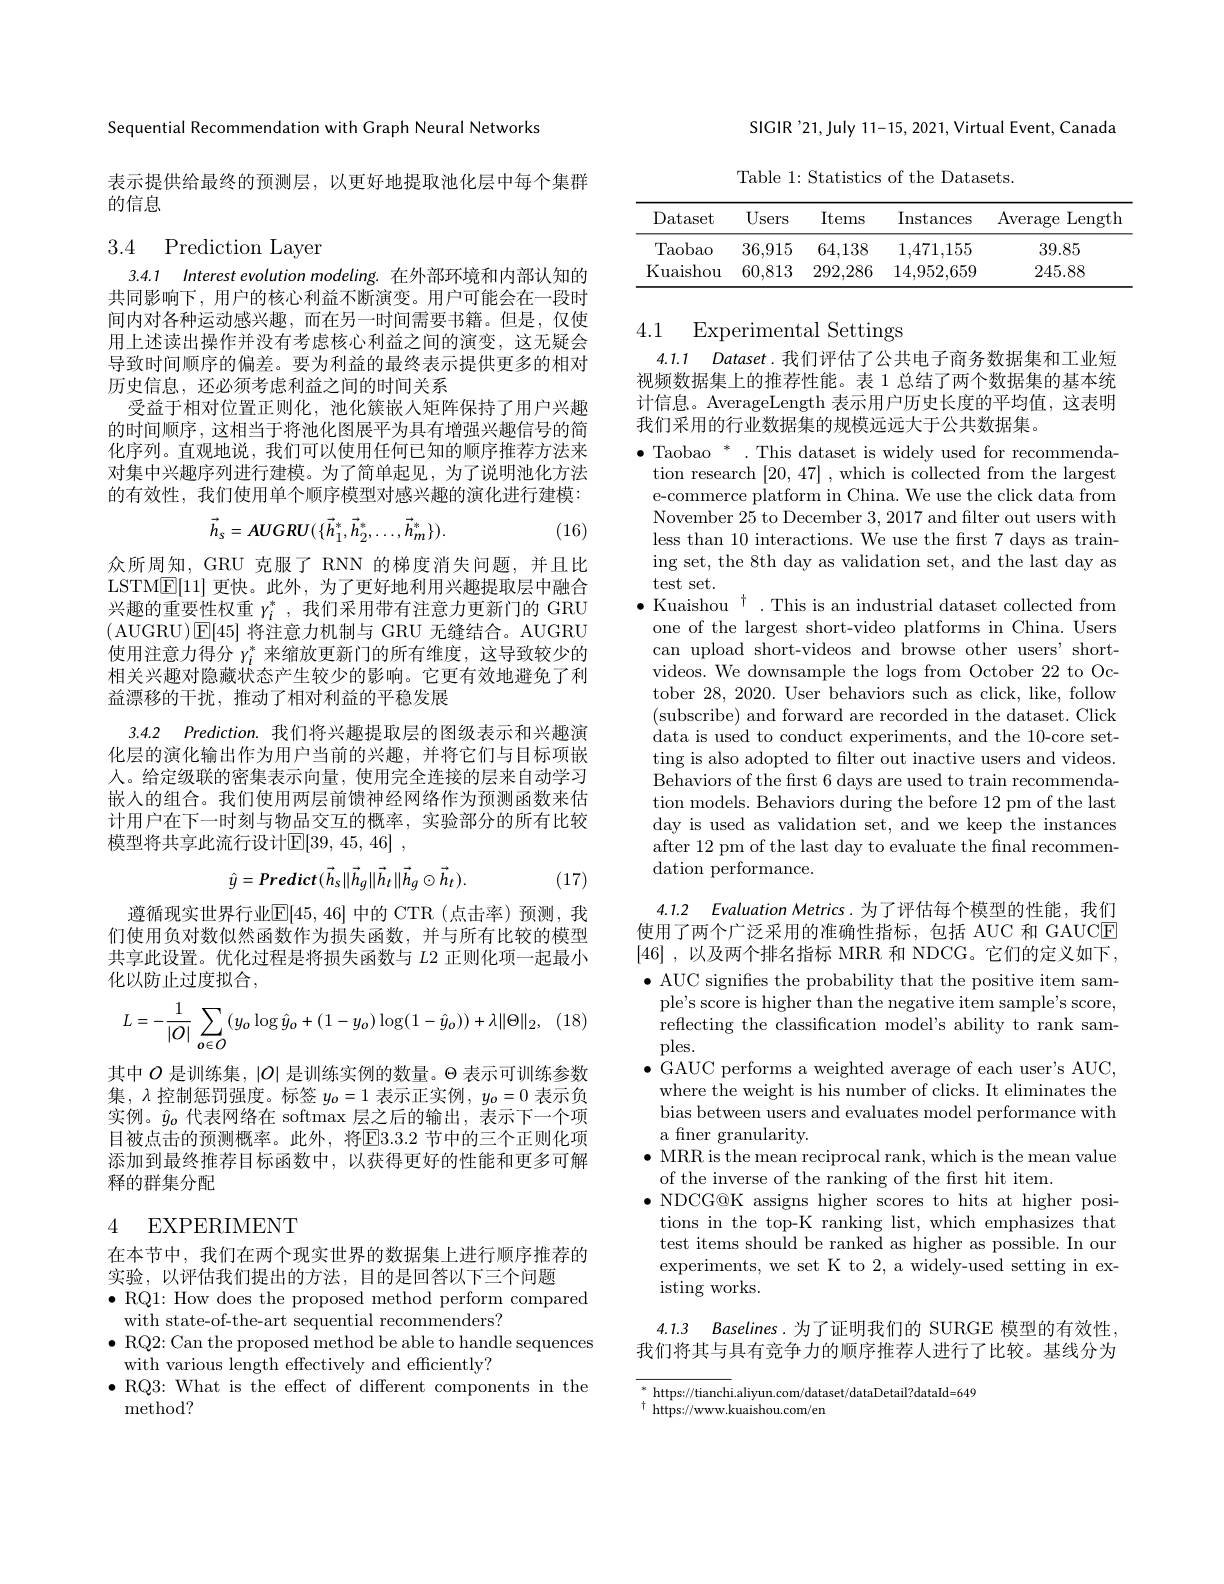
Sequential Recommendation with Graph Neural Networks

表示提供给最终的预测层，以更好地提取池化层中每个集群
的信息

# 3.4 Prediction Layer

3.4.1 Interest evolution modeling. 在外部环境和内部认知的共同影响下，用户的核心利益不断演变。用户可能会在一段时间内对各种运动感兴趣，而在另一时间需要书籍。但是，仅使用上述读出操作并没有考虑核心利益之间的演变，这无疑会导致时间顺序的偏差。要为利益的最终表示提供更多的相对历史信息，还必须考虑利益之间的时间关系
受益于相对位置正则化，池化簇嵌入矩阵保持了用户兴趣的时间顺序，这相当于将池化图展平为具有增强兴趣信号的简化序列。直观地说，我们可以使用任何已知的顺序推荐方法来对集中兴趣序列进行建模。为了简单起见，为了说明池化方法的有效性，我们使用单个顺序模型对感兴趣的演化进行建模：
$$\vec{h}_{s}=AUGRU(\{\vec{h}_{1}^{*},\vec{h}_{2}^{*},\ldots,\vec{h}_{m}^{*}\}).$$
(16)

众所周知，GRU 克服了 RNN 的梯度消失问题，并且比LSTM$\underline{\mathrm{E}}[11]$更快。此外，为了更好地利用兴趣提取层中融合兴趣的重要性权重$\gamma_i^*$,我们采用带有注意力更新门的 GRU (AUGRU)E[45]将注意力机制与 GRU 无缝结合。AUGRU 使用注意力得分$\gamma_i^*$来缩放更新门的所有维度，这导致较少的相关兴趣对隐藏状态产生较少的影响。它更有效地避免了利益漂移的干扰，推动了相对利益的平稳发展
3.4.2 Prediction. 我们将兴趣提取层的图级表示和兴趣演化层的演化输出作为用户当前的兴趣，并将它们与目标项嵌人。给定级联的密集表示向量，使用完全连接的层来自动学习嵌人的组合。我们使用两层前馈神经网络作为预测函数来估计用户在下一时刻与物品交互的概率，实验部分的所有比较模型将共享此流行设计$\mathbb{E} [ 39, 45, 46]$ ,
$$\hat{y}=Predict(\vec{h}_{s}\|\vec{h}_{g}\|\vec{h}_{t}\|\vec{h}_{g}\odot\vec{h}_{t}).$$
(17)

遵循现实世界行业$\mathbb{E}[45,46]$ 中的 CTR (点击率)预测，我们使用负对数似然函数作为损失函数，并与所有比较的模型共享此设置。优化过程是将损失函数与$L2$正则化项一起最小化以防止过度拟合，
$$\begin{aligned}L=-\frac{1}{|O|}\sum_{o\in O}(y_o\log\hat{y}_o+(1-y_o)\log(1-\hat{y}_o))+\lambda\|\Theta\|_2,\end{aligned}$$
其中$O$是训练集，$|O|$是训练实例的数量。$\Theta$表示可训练参数集，$\lambda$控制惩罚强度。标签$y_0=1$表示正实例，$y_{o}=0$表示负实例。$\hat{y}_o$代表网络在 softmax 层之后的输出，表示下一个项目被点击的预测概率。此外，将$\boxed{\mathrm{E}}3.3.2$ 节中的三个正则化项添加到最终推荐目标函数中，以获得更好的性能和更多可解释的群集分配

## 4 EXPERIMENT

在本节中，我们在两个现实世界的数据集上进行顺序推荐的
实验，以评估我们提出的方法，目的是回答以下三个问题
$\bullet$ RQ1: How does the proposed method perform compared
with state-of-the-art sequential recommenders?
$\bullet$ RQ2: Can the proposed method be able to handle sequences
with various length effectively and effciently?
$\bullet$RQ3: What is the effect of different components in the
method?

SIGIR'21,July 11-15, 2021, Virtual Event, Canada

Table 1: Statistics of the Datasets.

<table>
	<tbody>
		<tr>
			<th>Dataset</th>
			<th>Users</th>
			<th>Items</th>
			<th>Instances</th>
			<th>Average Length</th>
		</tr>
		<tr>
			<td>$\operatorname{Taobao}$</td>
			<td>36,915</td>
			<td>64,138</td>
			<td>1,471,155</td>
			<td>39.85</td>
		</tr>
		<tr>
			<td>Kuaishou</td>
			<td>60,813</td>
			<td>292,286</td>
			<td>14,952,659</td>
			<td>245.88</td>
		</tr>
	</tbody>
</table>

# 4.1 Experimental Settings

4.1.1 Dataset.我们评估了公共电子商务数据集和工业短视频数据集上的推荐性能。表 1 总结了两个数据集的基本统计信息。AverageLength 表示用户历史长度的平均值，这表明我们采用的行业数据集的规模远远大于公共数据集。

$\bullet\text{ Taobao }^*$.This dataset is widely used for recommenda-
tion research [20,47] ,which is collected from the largest e-commerce platform in China. We use the click data from November 25 to December 3,2017 and filter out users with less than 10 interactions. We use the frst 7 days as training set, the 8th day as validation set, and the last day as test set.
$\bullet$ Kuaishou $^\dagger$ .This is an industrial dataset collected from
one of the largest short-video platforms in China. Users can upload short-videos and browse other users' shortvideos. We downsample the logs from October 22 to October 28, 2020. User behaviors such as click, like, follow (subscribe) and forward are recorded in the dataset. Click data is used to conduct experiments, and the 10-core setting is also adopted to filter out inactive users and videos. Behaviors of the first 6 days are used to train recommendation models. Behaviors during the before 12 pm of the last day is used as validation set, and we keep the instances after 12 pm of the last day to evaluate the final recommendation performance.

4.1.2 Evaluation Metrics.为了评估每个模型的性能，我们使用了两个广泛采用的准确性指标，包括 AUC 和 GAUCE [46] , 以及两个排名指标 $MRR$ $和$ $NDCG。它 们 的 定 义 如 下 $, $\bullet$ AUC signifies the probability that the positive item sam-
ple's score is higher than the negative item sample's score, reflecting the classification model's ability to rank samples.
$\bullet$ GAUC performs a weighted average of each user's AUC, where the weight is his number of clicks. It eliminates the bias between users and evaluates model performance with a finer granularity.
$\bullet$ MRR is the mean reciprocal rank, which is the mean value
of the inverse of the ranking of the first hit item.
$\bullet$ NDCG@K assigns higher scores to hits at higher posi-
tions in the top-K ranking list, which emphasizes that test items should be ranked as higher as possible. In our experiments, we set K to 2, a widely-used setting in existing works.

4.1.3 $Baselines.$为了证明我们的 SURGE 模型的有效性， 我们将其与具有竞争力的顺序推荐人进行了比较。基线分为

$^*$https://tianchi.aliyun.com/dataset/dataDetail?dataId=649
$^{\dagger}$ https://www.kuaishou.com/en